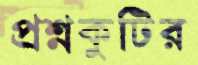
প্রশ্নকুটির